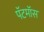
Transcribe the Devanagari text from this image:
पॅटमॉस